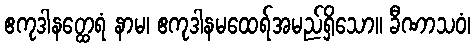
ဧကုဒါနတ္ထေရံ နာမ၊ ဧကုဒါနမထေရ်အမည်ရှိသော။ ခီဏာသဝံ၊